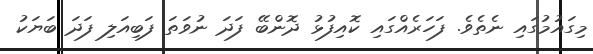
މިގައުމުގައި ނެތެވެ. ފަހަރެއްގައި ކޮއިފުޅު ދޮންބޭ ފަދަ ނުވަތަ ފަބިއަލި ފަދަ ބަޔަކު